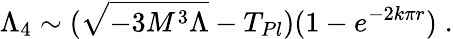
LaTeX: \Lambda_{4}\sim(\sqrt{-3M^{3}\Lambda}-T_{Pl})(1-e^{-2k\pi r})\; .